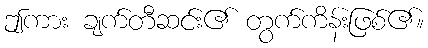
ဤကား ချက်တီဆင်း၏ တွက်ကိန်းဖြစ်၏။